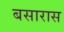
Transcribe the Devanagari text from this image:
बसारास